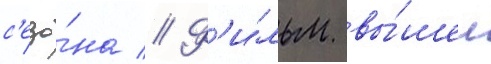
с'езо́на // Ф'и́льм вы́шел